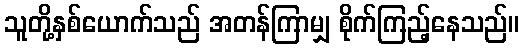
သူတို့နှစ်ယောက်သည် အတန်ကြာမျှ စိုက်ကြည့်နေသည်။